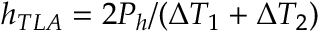
h _ { T L A } = 2 P _ { h } / ( \Delta T _ { 1 } + \Delta T _ { 2 } )